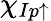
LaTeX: \chi_{Ip\uparrow}